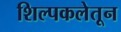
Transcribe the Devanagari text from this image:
शिल्पकलेतून